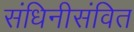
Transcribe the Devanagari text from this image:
संधिनीसंवित